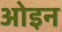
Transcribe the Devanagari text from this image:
ओइन